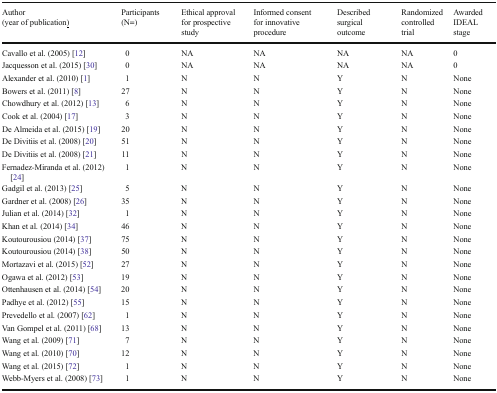
| Author (year of publication<underline>)</underline> | Participants (N=) | Ethical approval for prospective study | Informed consent for innovative procedure | Described surgical outcome | Randomized controlled trial | Awarded IDEAL stage |
 | --- | --- | --- | --- | --- | --- | --- |
 | Cavallo et al. (2005) [12] | 0 | NA | NA | NA | NA | 0 |
 | Jacquesson et al. (2015) [30] | 0 | NA | NA | NA | NA | 0 |
 | Alexander et al. (2010) [1] | 1 | N | N | Y | N | None |
 | Bowers et al. (2011) [8] | 27 | N | N | Y | N | None |
 | Chowdhury et al. (2012) [13] | 6 | N | N | Y | N | None |
 | Cook et al. (2004) [17] | 3 | N | N | Y | N | None |
 | De Almeida et al. (2015) [19] | 20 | N | N | Y | N | None |
 | De Divitiis et al. (2008) [20] | 51 | N | N | Y | N | None |
 | De Divitiis et al. (2008) [21] | 11 | N | N | Y | N | None |
 | Fernadez-Miranda et al. (2012) [24] | 1 | N | N | Y | N | None |
 | Gadgil et al. (2013) [25] | 5 | N | N | Y | N | None |
 | Gardner et al. (2008) [26] | 35 | N | N | Y | N | None |
 | Julian et al. (2014) [32] | 1 | N | N | Y | N | None |
 | Khan et al. (2014) [34] | 46 | N | N | Y | N | None |
 | Koutourousiou (2014) [37] | 75 | N | N | Y | N | None |
 | Koutourousiou (2014) [38] | 50 | N | N | Y | N | None |
 | Mortazavi et al. (2015) [52] | 27 | N | N | Y | N | None |
 | Ogawa et al. (2012) [53] | 19 | N | N | Y | N | None |
 | Ottenhausen et al. (2014) [54] | 20 | N | N | Y | N | None |
 | Padhye et al. (2012) [55] | 15 | N | N | Y | N | None |
 | Prevedello et al. (2007) [62] | 1 | N | N | Y | N | None |
 | Van Gompel et al. (2011) [68] | 13 | N | N | Y | N | None |
 | Wang et al. (2009) [71] | 7 | N | N | Y | N | None |
 | Wang et al. (2010) [70] | 12 | N | N | Y | N | None |
 | Wang et al. (2015) [72] | 1 | N | N | Y | N | None |
 | Webb-Myers et al. (2008) [73] | 1 | N | N | Y | N | None |